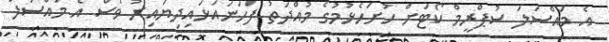
އެ މައްސަލަ ސުޕްރީމް ކޯޓަށް ހުށަހެޅުމުގެ މުއްދަތު ފަހަނައަޅައިދިޔައިރު ވެސް އެ މައްސަލަ